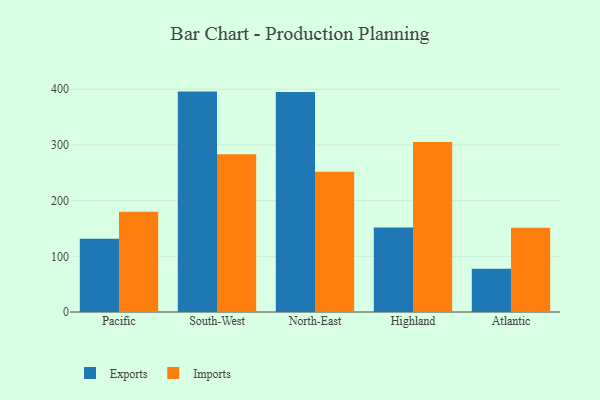
{"axis": {"x": "Region", "y": "Operating Costs (USD K)"}, "legend": ["Exports", "Imports"], "data": [{"x": "Pacific", "y": 131.3, "type": "Exports"}, {"x": "Pacific", "y": 179.9, "type": "Imports"}, {"x": "South-West", "y": 395.7, "type": "Exports"}, {"x": "South-West", "y": 283.4, "type": "Imports"}, {"x": "North-East", "y": 395.0, "type": "Exports"}, {"x": "North-East", "y": 252.0, "type": "Imports"}, {"x": "Highland", "y": 151.5, "type": "Exports"}, {"x": "Highland", "y": 305.2, "type": "Imports"}, {"x": "Atlantic", "y": 77.7, "type": "Exports"}, {"x": "Atlantic", "y": 151.3, "type": "Imports"}]}